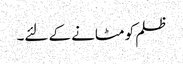
ظلم کو مٹانے کے لئے۔